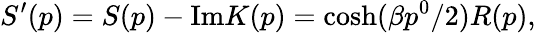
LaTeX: S^{\prime}(p)=S(p)-\mathrm{Im}K(p)=\cosh(\beta p^{0}/2)R(p),